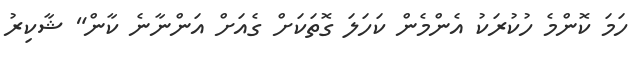
ހަމަ ކޮންމެ ހުކުރަކު އެންމެން ކަހަލަ ގޮތަކަށް ގެއަށް އަންނާނެ ކާން" ޝާކިރު